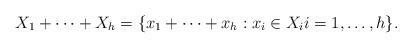
LaTeX: \begin{align*}X_1 + \cdots + X_h = \{x_1 + \cdots + x_h:x_i \in X_i i=1,\ldots, h\}.\end{align*}